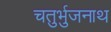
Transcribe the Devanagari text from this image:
चतुर्भुजनाथ